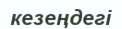
кезеңдегі